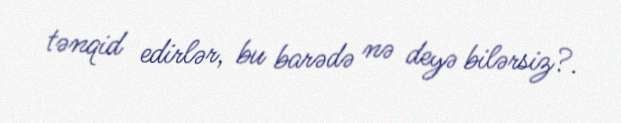
tənqid edirlər, bu barədə nə deyə bilərsiz?.